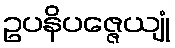
ဥပနိပဇ္ဇေယျုံ